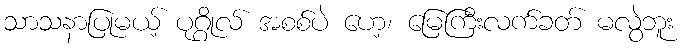
သာသနာပြုမယ့် ပုဂ္ဂိုလ် အစစ်ပဲ ဟေ့၊ မြေကြီးလက်ခတ် မလွဲဘူး